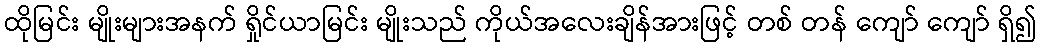
ထိုမြင်း မျိုးများအနက် ရှိုင်ယာမြင်း မျိုးသည် ကိုယ်အလေးချိန်အားဖြင့် တစ် တန် ကျော် ကျော် ရှိ၍